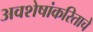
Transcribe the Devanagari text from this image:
अवशेषांकरिताचे